Problem: 5 × 4 = ?
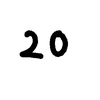
Handwritten answer: 20